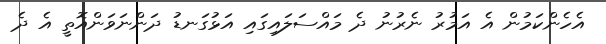
އެހެންކަމުން އެ އަމުރު ނެރުނު ދެ މައްސަލައިގައި އަޅުގަނޑު ދަންނަވަންއޮތީ އެ ދެ